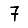
Digit: 7